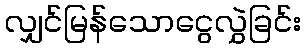
လျှင်မြန်သောငွေလွှဲခြင်း